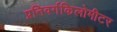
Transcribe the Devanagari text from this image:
प्रतिवर्गकिलोमीटर